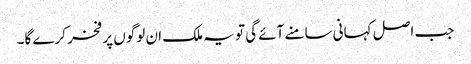
جب اصل کہانی سامنے آئے گی تو یہ ملک ان لوگوں پر فخر کرے گا۔